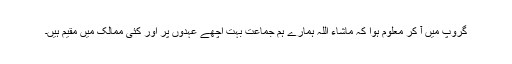
گروپ میں آ کر معلوم ہوا کہ ماشاء اللہ ہمارے ہم جماعت بہت اچھے عہدوں پر اور کئی ممالک میں مقیم ہیں۔